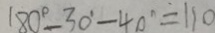
1 8 0 ^ { \circ } - 3 0 ^ { \circ } - 4 0 ^ { \circ } = 1 1 0